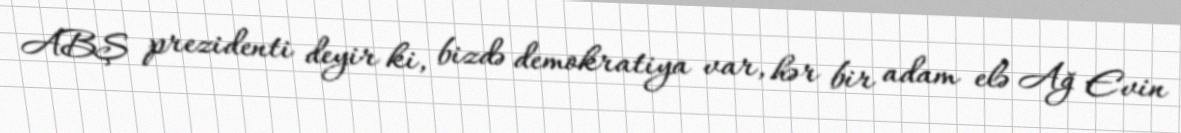
ABŞ prezidenti deyir ki, bizdə demokratiya var, hər bir adam elə Ağ Evin